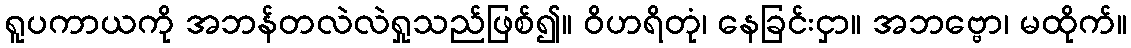
ရူပကာယကို အဘန်တလဲလဲရှုသည်ဖြစ်၍။ ဝိဟရိတုံ၊ နေခြင်းငှာ။ အဘဗ္ဗော၊ မထိုက်။